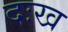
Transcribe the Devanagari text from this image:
दःख